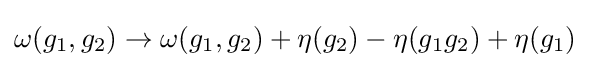
\omega (g_{1},g_{2})\to \omega (g_{1},g_{2})+\eta (g_{2})-\eta (g_{1}g_{2})+\eta (g_{1})